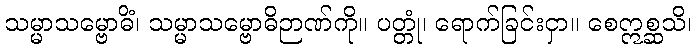
သမ္မာသမ္ဗောဓိံ၊ သမ္မာသမ္ဗောဓိဉာဏ်ကို။ ပတ္တုံ၊ ရောက်ခြင်းငှာ။ စေဣစ္ဆသိ၊